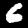
Label: 6